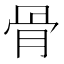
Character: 骨